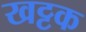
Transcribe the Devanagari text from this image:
खट्टक